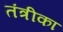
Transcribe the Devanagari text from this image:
तंत्रीका